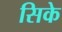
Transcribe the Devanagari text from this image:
सिके